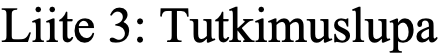
Liite 3: Tutkimuslupa